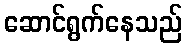
ဆောင်ရွက်နေသည်